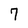
Character: 7